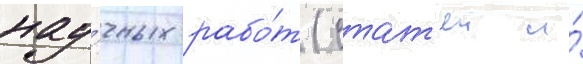
нау́чных рабо́т (стат'еи и́